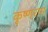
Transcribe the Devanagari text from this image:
कृष्णराम